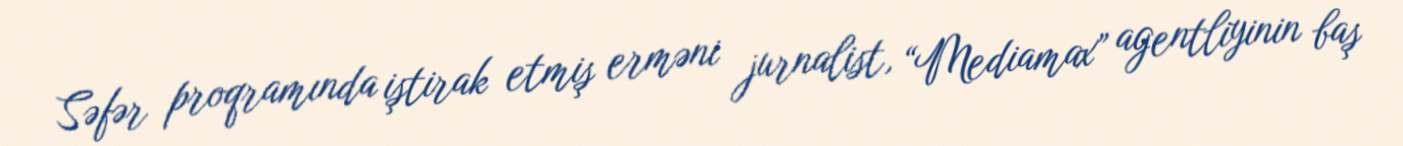
Səfər proqramında iştirak etmiş erməni jurnalist, “Mediamax” agentliyinin baş